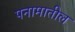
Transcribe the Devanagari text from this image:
पनामातील